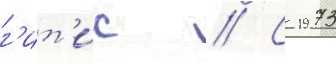
г'ит'ис // С 1973